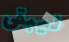
ليبقى